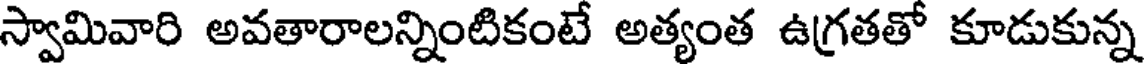
స్వామివారి అవతారాలన్నింటికంటే అత్యంత ఉగ్రతతో కూడుకున్న